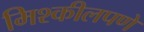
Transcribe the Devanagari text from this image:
मिश्कीलपणे